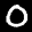
Label: 0